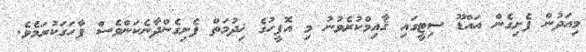
މިއަދުން ފެށިގެން އައްޑޫ ސިޓީގައި ޤާއިމްކުރެވުނު މި އޮފީހުގެ ޚިދުމަތް ފެށިގެންދާނެކަންވެސް ފާހަގަކުރަމެވެ.